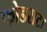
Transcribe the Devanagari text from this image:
फोडराटा